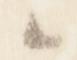
々